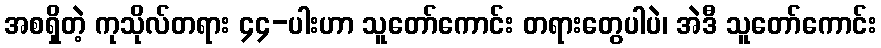
အစရှိတဲ့ ကုသိုလ်တရား ၄၄-ပါးဟာ သူတော်ကောင်း တရားတွေပါပဲ၊ အဲဒီ သူတော်ကောင်း